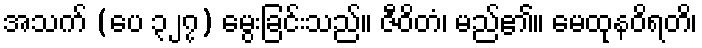
အသက် (ပေ ၃၂၇) မွေးခြင်းသည်။ ဇီဝိတံ၊ မည်၏။ မေထုနဝိရတိ၊